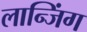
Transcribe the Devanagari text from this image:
लान्जिंग